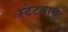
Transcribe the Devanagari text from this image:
स्टेटवाच